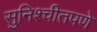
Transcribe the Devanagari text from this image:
सुनिश्चीतपणे